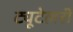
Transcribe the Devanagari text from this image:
ट्यूटेलरी